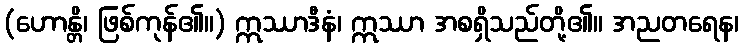
(ဟောန္တိ၊ ဖြစ်ကုန်၏။) ဣဿာဒီနံ၊ ဣဿာ အစရှိသည်တို့၏။ အညတရေန၊